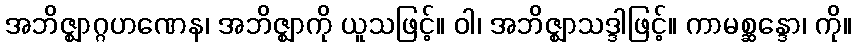
အဘိဇ္ဈာဂ္ဂဟဏေန၊ အဘိဇ္ဈာကို ယူသဖြင့်။ ဝါ၊ အဘိဇ္ဈာသဒ္ဒါဖြင့်။ ကာမစ္ဆန္ဒော၊ ကို။